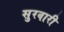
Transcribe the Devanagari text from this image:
सुरवारी